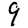
Digit: 9